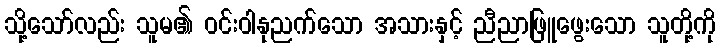
သို့သော်လည်း သူမ၏ ဝင်းဝါနုညက်သော အသားနှင့် ညီညာဖြူဖွေးသော သူတို့ကို